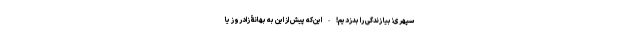
سپهری؛ بیا زندگی را بدزدیم! - این‌که پیش از این به بهانۀ زادروز یا